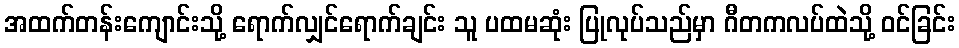
အထက်တန်းကျောင်းသို့ ရောက်လျှင်ရောက်ချင်း သူ ပထမဆုံး ပြုလုပ်သည်မှာ ဂီတကလပ်ထဲသို့ ဝင်ခြင်း